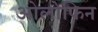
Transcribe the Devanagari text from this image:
ओलोफिन